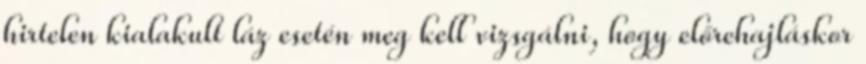
hirtelen kialakult láz esetén meg kell vizsgálni, hogy előrehajláskor